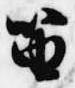
笛